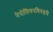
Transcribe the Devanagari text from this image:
नेपोलियनविरुद्धचे